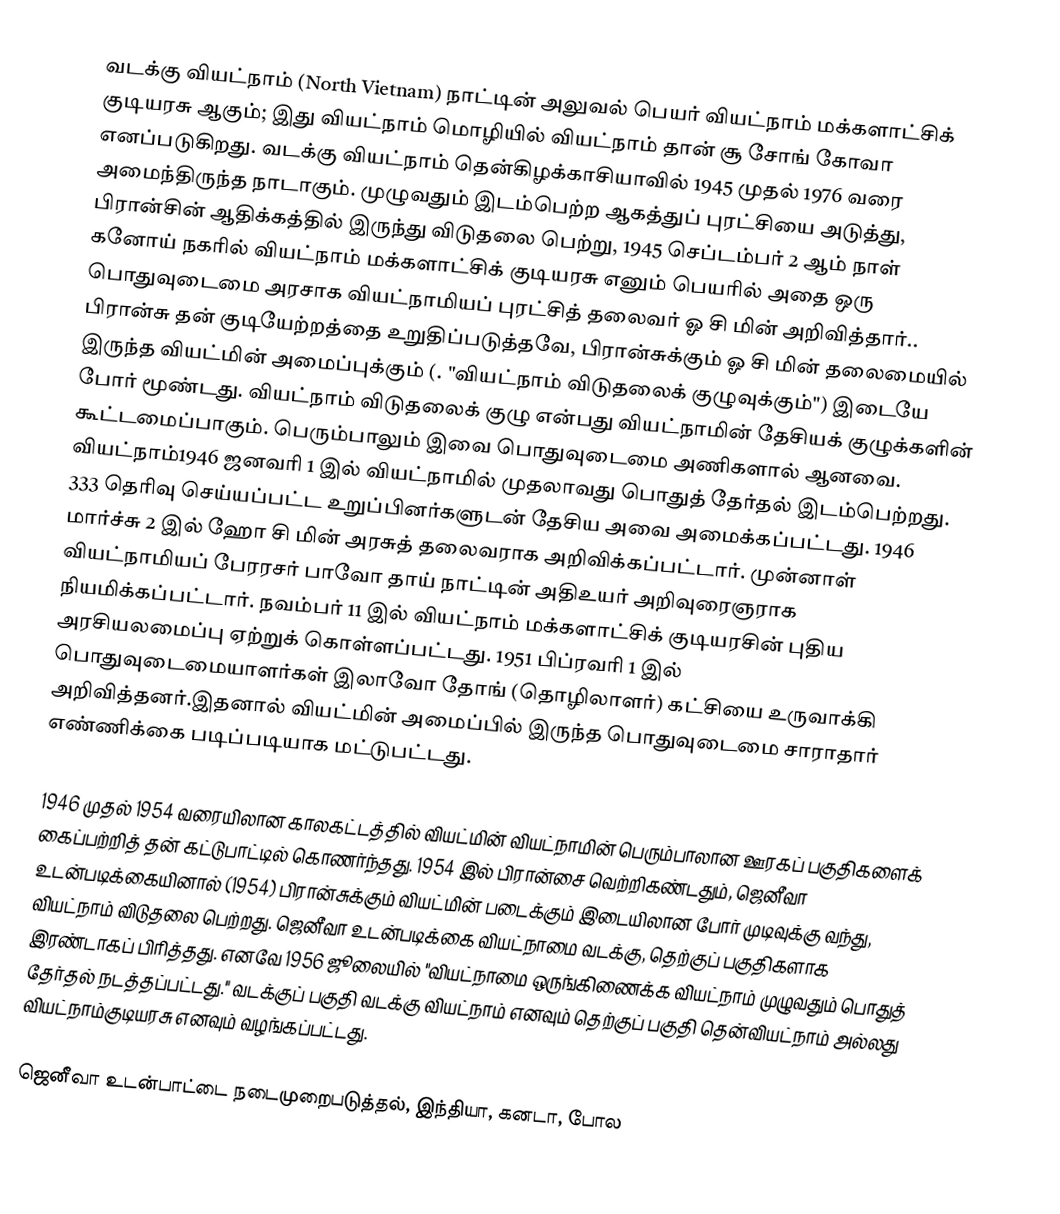
வடக்கு வியட்நாம் (North Vietnam)  நாட்டின் அலுவல் பெயர்  வியட்நாம் மக்களாட்சிக் குடியரசு ஆகும்; இது வியட்நாம் மொழியில் வியட்நாம்  தான் சூ சோங் கோவா எனப்படுகிறது. வடக்கு வியட்நாம் தென்கிழக்காசியாவில் 1945 முதல் 1976 வரை அமைந்திருந்த நாடாகும். முழுவதும் இடம்பெற்ற ஆகத்துப் புரட்சியை அடுத்து, பிரான்சின் ஆதிக்கத்தில் இருந்து விடுதலை பெற்று, 1945 செப்டம்பர் 2 ஆம் நாள் கனோய்  நகரில் வியட்நாம் மக்களாட்சிக் குடியரசு எனும் பெயரில் அதை ஒரு பொதுவுடைமை அரசாக  வியட்நாமியப் புரட்சித் தலைவர் ஓ சி மின் அறிவித்தார்.. பிரான்சு தன் குடியேற்றத்தை உறுதிப்படுத்தவே, பிரான்சுக்கும் ஓ சி மின் தலைமையில் இருந்த வியட்மின் அமைப்புக்கும் (. "வியட்நாம் விடுதலைக் குழுவுக்கும்") இடையே போர் மூண்டது. வியட்நாம் விடுதலைக் குழு என்பது வியட்நாமின் தேசியக் குழுக்களின் கூட்டமைப்பாகும். பெரும்பாலும் இவை பொதுவுடைமை அணிகளால் ஆனவை. வியட்நாம்1946 ஜனவரி 1 இல் வியட்நாமில் முதலாவது பொதுத் தேர்தல் இடம்பெற்றது. 333 தெரிவு செய்யப்பட்ட உறுப்பினர்களுடன் தேசிய அவை அமைக்கப்பட்டது. 1946 மார்ச்சு 2 இல் ஹோ சி மின் அரசுத் தலைவராக அறிவிக்கப்பட்டார். முன்னாள் வியட்நாமியப் பேரரசர் பாவோ தாய்  நாட்டின் அதிஉயர் அறிவுரைஞராக நியமிக்கப்பட்டார். நவம்பர் 11 இல் வியட்நாம் மக்களாட்சிக் குடியரசின் புதிய அரசியலமைப்பு ஏற்றுக் கொள்ளப்பட்டது. 1951 பிப்ரவரி 1 இல் பொதுவுடைமையாளர்கள் இலாவோ தோங் (தொழிலாளர்) கட்சியை உருவாக்கி அறிவித்தனர்.இதனால் வியட்மின் அமைப்பில் இருந்த பொதுவுடைமை சாராதார் எண்ணிக்கை படிப்படியாக மட்டுபட்டது.

1946 முதல் 1954 வரையிலான காலகட்டத்தில் வியட்மின் வியட்நாமின் பெரும்பாலான ஊரகப் பகுதிகளைக் கைப்பற்றித் தன் கட்டுபாட்டில் கொணர்ந்தது. 1954 இல் பிரான்சை வெற்றிகண்டதும், ஜெனீவா உடன்படிக்கையினால் (1954) பிரான்சுக்கும் வியட்மின் படைக்கும் இடையிலான போர் முடிவுக்கு வந்து, வியட்நாம் விடுதலை பெற்றது. ஜெனீவா உடன்படிக்கை வியட்நாமை வடக்கு, தெற்குப் பகுதிகளாக இரண்டாகப் பிரித்தது. எனவே 1956 ஜூலையில்  "வியட்நாமை ஒருங்கிணைக்க வியட்நாம் முழுவதும் பொதுத் தேர்தல் நடத்தப்பட்டது."  வடக்குப் பகுதி வடக்கு வியட்நாம் எனவும் தெற்குப் பகுதி தென்வியட்நாம் அல்லது வியட்நாம்குடியரசு எனவும் வழங்கப்பட்டது.

ஜெனீவா உடன்பாட்டை நடைமுறைபடுத்தல், இந்தியா, கனடா, போல